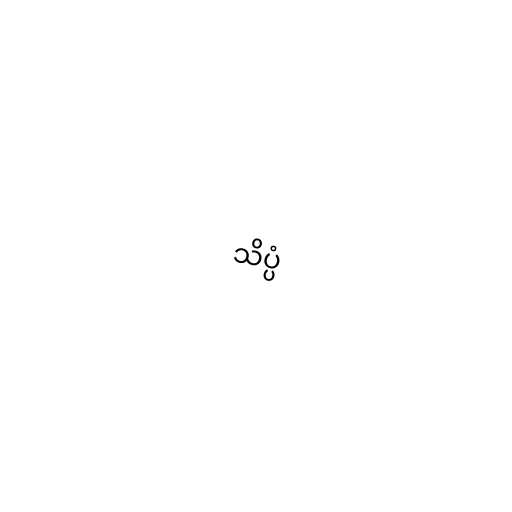
သိပ္ပံ